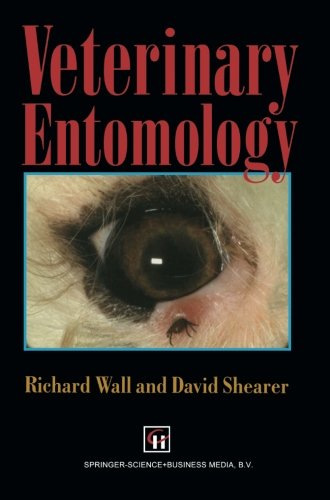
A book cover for Veterinary Entomology: Arthropod Ectoparasites of Veterinary Importance; R. Wall; Medical Books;